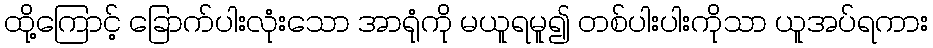
ထို့ကြောင့် ခြောက်ပါးလုံးသော အာရုံကို မယူရမူ၍ တစ်ပါးပါးကိုသာ ယူအပ်ရကား